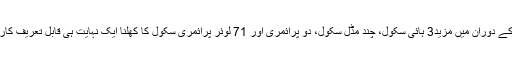
اس سال کے دوران میں مزید3 ہائی سکول، چند مڈل سکول، دو پرائمری اور 71 لوئر پرائمری سکول کا کھلنا ایک نہایت ہی قابلِ تعریف کارنامہ ہے۔